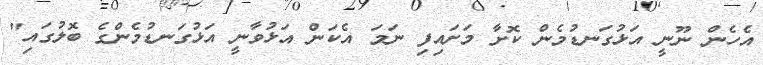
އެހެން ނޫނީ އަޅުގަނޑުމެން ކޮށާ މަށައިފި ނަމަ އެކަން އަޅުވާނީ އަޅުގަނޑުމެންގެ ބޮލުގައި"